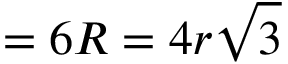
{ } = 6 R = 4 r { \sqrt { 3 } }